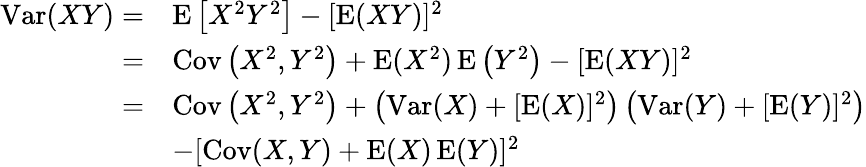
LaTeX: {\begin{array}{rl}{\operatorname{Var}(XY)=}&{\operatorname{E}\left[X^{2}Y^{2}\right]-[\operatorname{E}(XY)]^{2}}\\ {=}&{\operatorname{Cov}\left(X^{2},Y^{2}\right)+\operatorname{E}(X^{2})\operatorname{E}\left(Y^{2}\right)-[\operatorname{E}(XY)]^{2}}\\ {=}&{\operatorname{Cov}\left(X^{2},Y^{2}\right)+\left(\operatorname{Var}(X)+[\operatorname{E}(X)]^{2}\right)\left(\operatorname{Var}(Y)+[\operatorname{E}(Y)]^{2}\right)}\\ &{-[\operatorname{Cov}(X,Y)+\operatorname{E}(X)\operatorname{E}(Y)]^{2}}\end{array}}